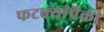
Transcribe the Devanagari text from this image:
फटक्यांपैकी